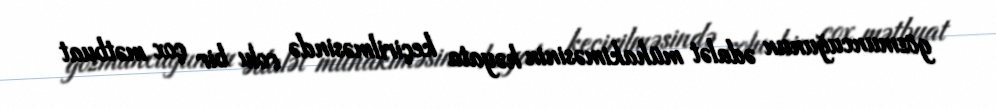
gözmuncuğunun ədalət mühakiməsinin həyata keçirilməsində rolu bir çox mətbuat